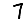
Digit: 7